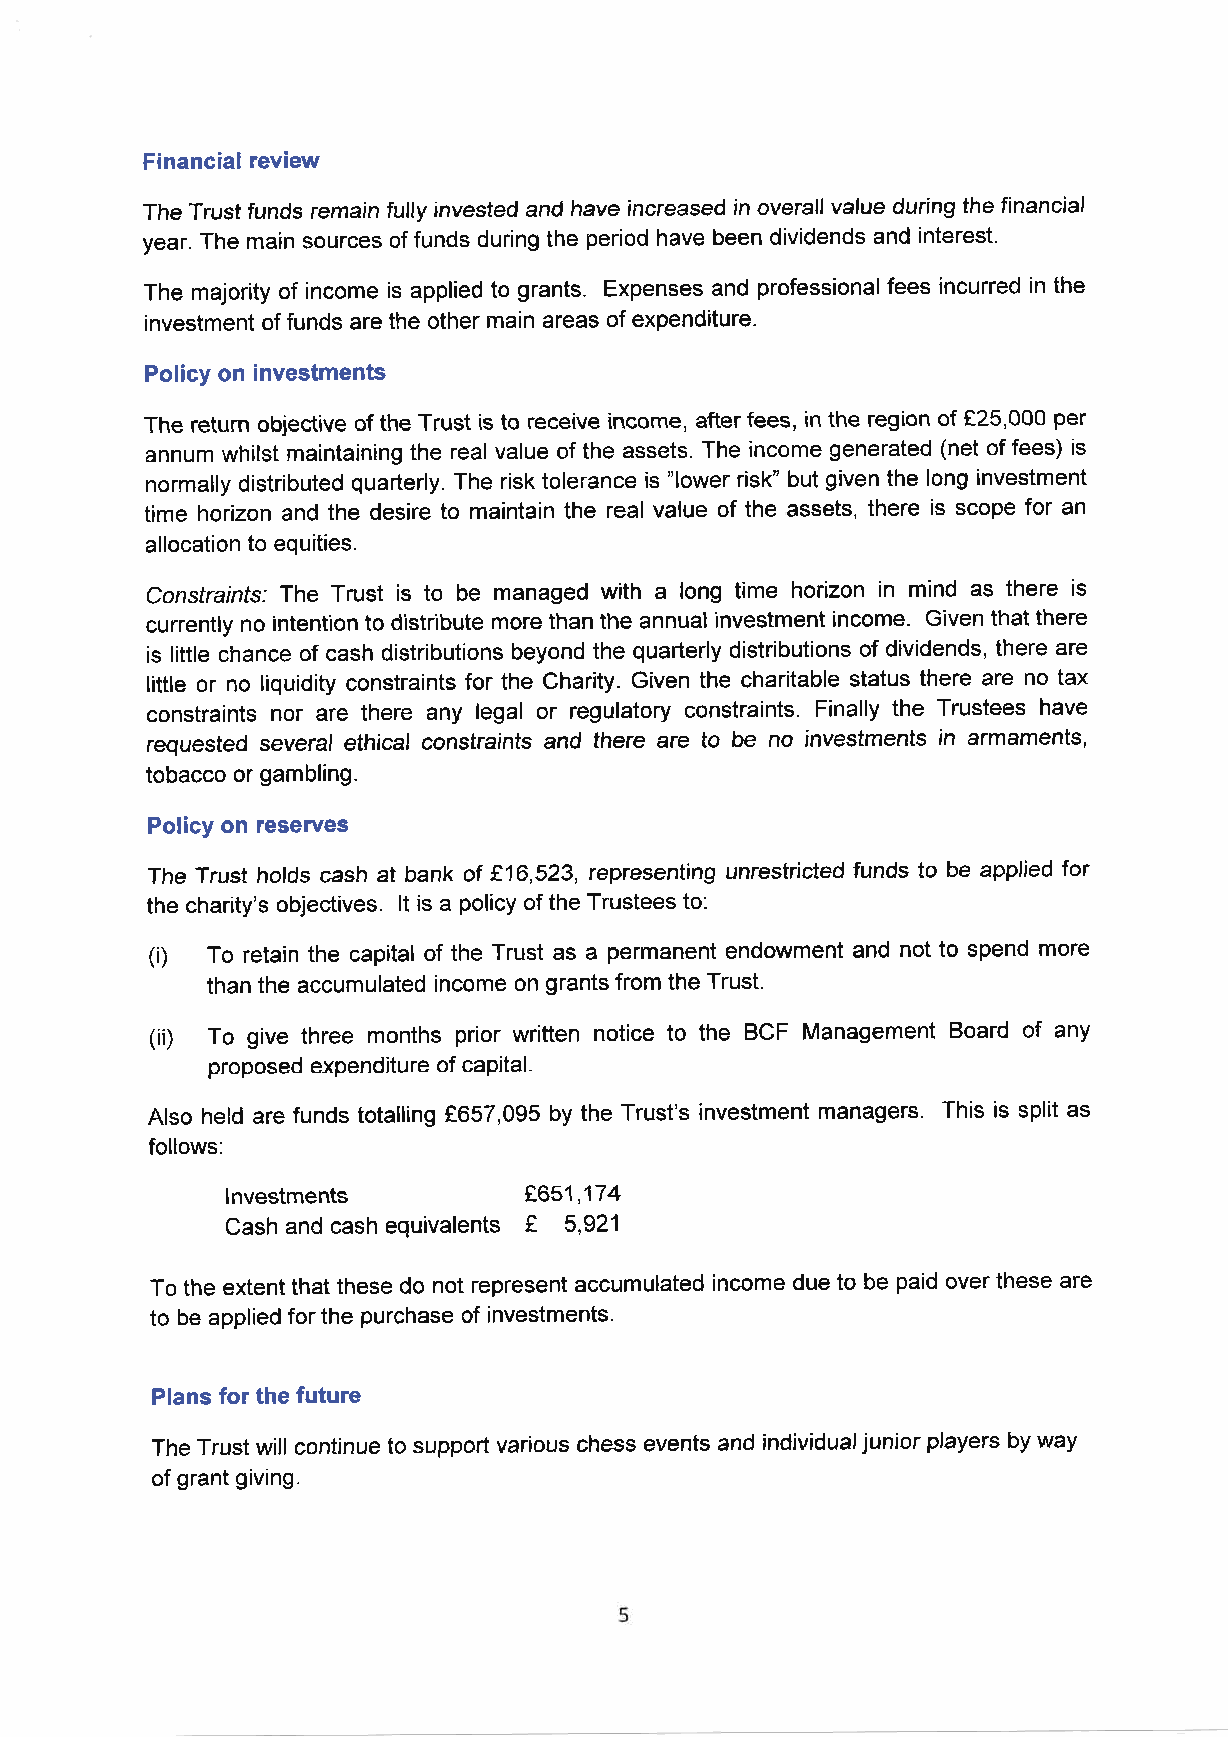
Financial review
 The Trust funds remain fully invested and have increased in overall value during the financial
 year. The main sources of funds during the period have been dividends and interest.
 The majority of income is applied to grants. Expenses and professionalfees incurred in the
 investment of funds are the other main areas of expenditure.
 Policy on investments
 The return objective of the Trust is to receive income, after fees, in the region of f.25,000 per
 annum whilst maintaining the real value of the assets. The income generated (net of fees) is
 normally distributed quarterly. The risk tolerance is "lower risk" but given the long investment
 time horizon and the desire to maintain the real value of the assets, there is scope for an
 allocation to equities.
 Constraints; The Trust is to be managed with a long time horizon in mind as there is
 currenfly no intention to distribute more than the annual investment income. Given that there
 is little chance of cash distributions beyond the quarterly distributions of dividends, there are
 little or no liquidity constraints for the Charity. Given the charitable status there are no tax
 constraints nor are there any legal or regulatory constraints. Finally the Trustees have
 requested several ethical constraints and there are to be no investments in armaments,
 tobacco or gambling.
 Policy on reserves
 The Trust holds cash at bank of 816,523, representing unrestricted funds to be applied for
 the charity's objectives. lt is a policy of the Trustees to.
 (i) To retain the capital of the Trust as a permanent endowment and not to spend more
 than the accumulated income on grants from the Trust.
 (ii) To give three months prior written notice to the BCF Management Board of any
 proposed expenditure of caPital.
 Also held are funds totalling €657,095 by the Trust's investment managers. This is split as
 follows:
 lnvestments
 8651,174
 €
 Cash and cash equivalents 5,921
 To the extent that these do not represent accumulated income due to be paid over these are
 to be applied for the purchase of investments.
 Plans for the future
 The Trust will continue to support various chess events and individual )unior players by way
 of grant giving.